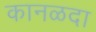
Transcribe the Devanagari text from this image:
कानळदा